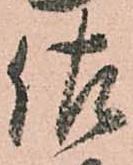
佐